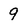
Character: 9